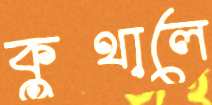
কুথালে